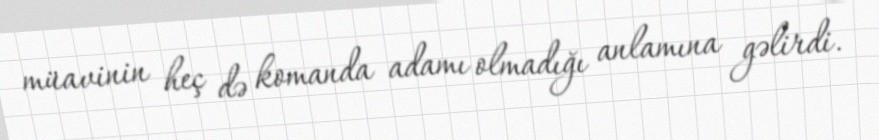
müavinin heç də komanda adamı olmadığı anlamına gəlirdi.